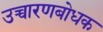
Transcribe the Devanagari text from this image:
उच्चारणबोधक